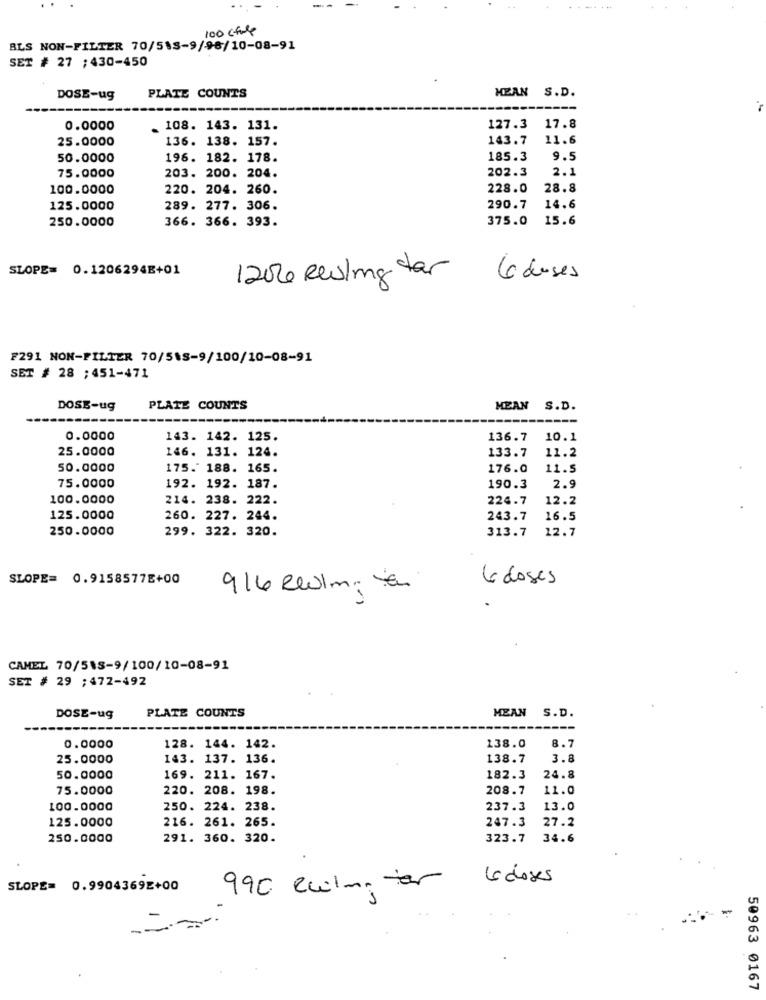
100 Gfule
BLS NON-FILTER 70/585-9/98/10-08-91
SET # 27 ;430-450
MEAN S.D.
DOSE-ug
PLATE COUNTS
0.0000
_ 108. 143. 131.
127.3 17.8
25.0000
136. 138. 157.
143.7
11.6
50.0000
196. 182. 178.
185.3
9.5
203. 200. 204.
202.3
2.1
75.0000
100.0000
220. 204. 260.
228.0
28.8
125.0000
289. 277. 306.
290.7
14.6
250.0000
366. 366. 393.
375.0
15.6
SLOPE= 0.1206294E+01
1200 Resling tar
4 doses
F291 NON-FILTER 70/518-9/100/10-08-91
SET # 28 ; 451-471
DOSE-ug
PLATE COUNTS
MEAN S.D.
0.0000
143. 142. 125.
136.7
10.1
25.0000
146. 131. 124.
133.7
11.2
50.0000
175. 188. 165.
176.0
11.5
75.0000
192. 192. 187.
190.3
2.9
100.0000
214. 238. 222.
224.7
12.2
125.0000
260. 227. 244.
243.7
16.5
250.0000
299. 322. 320.
313.7
12.7
SLOPE= 0.9158577E+00
6 doses
914 eelm; a
CAMEL 70/518-9/100/10-08-91
SET # 29 ; 472-492
PLATE COUNTS
MEAN S.D.
DOSE-ug
128. 144. 142.
138.0
0.0000
8.7
25.0000
143. 137. 136.
138.7
3.8
50.0000
169. 211. 167.
182.3
24.8
75.0000
220. 208. 198.
208.7
11.0
100.0000
250. 224. 238.
237.3
13.0
125.0000
216. 261. 265.
247.3
27.2
250.0000
291. 360. 320.
323.7
34.6
10 doses
SLOPE= 0.9904369E+00
990 euilinger
50963 0167